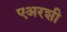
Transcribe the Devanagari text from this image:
एअरशी